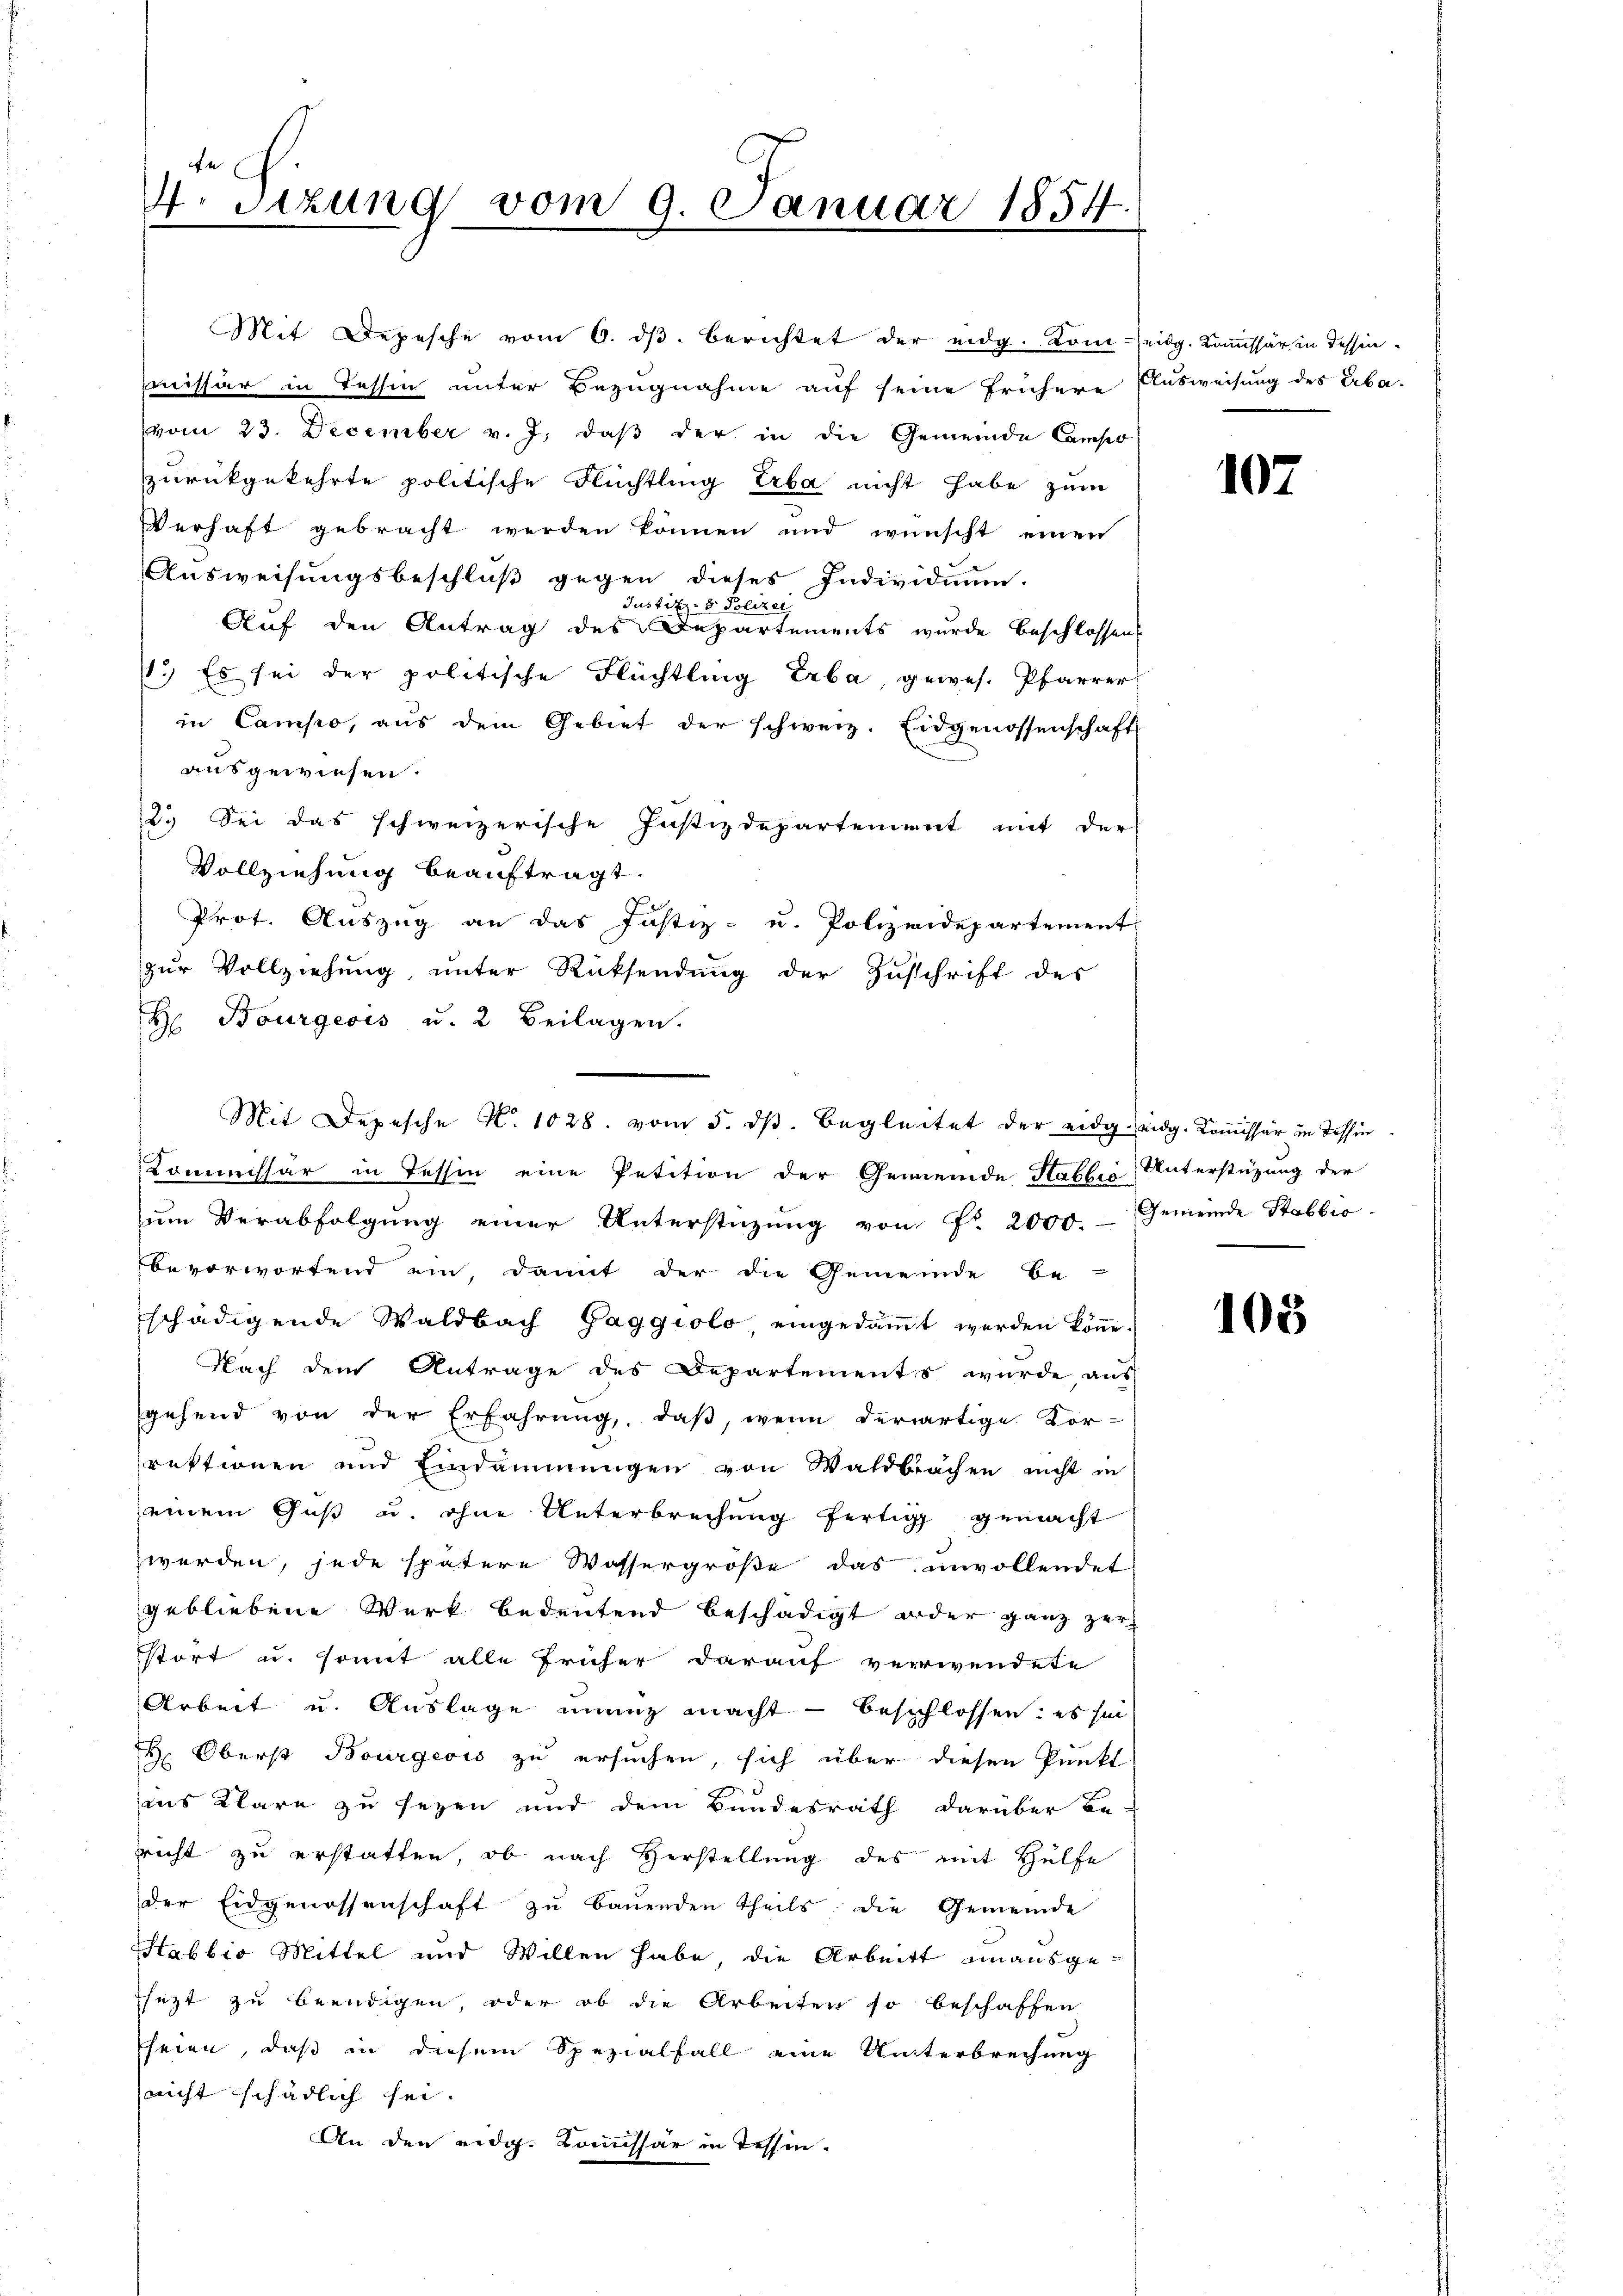
4. Sizung vom 9. Januar 1854.

Mit Depesche vom 6. dβ berichtet der eidg. Kom-eidg. Kommissär in dessenmissär in Tessin unter Bezugnahme auf seine frühere
vom 23. December v. J. daβ der in die Gemeinde Campo
zurückgekehrte politische Flüchtling Erba nicht habe zum
Verhaft gebracht werden können und wünscht einen
Ausweisungsbeschluß gegen dieses Individuum.
Justiz- & Polizei
Auf den Antrag des Departements wurde beschlossen:
1.) Es sei der politische Flüchtling Erba, gewes. Pfarrer
in Campo, aus dem Gebiet der schweiz. Eidgenossenschaft
ausgewiesen.
2.) Sei das schweizerische Justizdepartement mit der
Vollziehung beauftragt.
Prot. Auszug an das Justiz- u. Polizeidepartement
zur Vollziehung unter Rücksendung der Zuschrift des
H Bourgeois u. 2 Beilagen.
Kommissär in Tessin eine Petition der Gemeinde Habbro Unterstüzung der
ŭm Verabfolgŭng einer Unterstützŭng von Fr. 2000.- Gemeinde Stablis
bevorwortend ein, damit der die Gemeinde be-
schädigende Waldbach Gaggiolo eingedäṁt werden köṅe.
Nach dem Antrage des Departements wurde, aus
gehend von der Erfahrung, daβ, wenn derartige Vor-
rektionen und Eindammungen von Waldbachen nicht in
einem Guß u. ohne Unterbrechung fertig gemacht
werden, jede spätere Wassergröße das unvollendet
gebliebene Werk bedeutend beschädigt oder ganz zerstört u. somit alle früher darauf verwendete
Arbeit u. Auslage unenz macht - beschlossen: es sei
H. Oberst Bourgeois zu ersuchen, sich über diesen Punkt
ins Klare zu sezen und dem Bundesrath darüber be-
rricht zu erstatten, ob nach Herstellung des mit Hülfe
der Eidgenossenschaft zu bauenden Theils die Gemeinde
Stabbio Mittel und Willen habe die Arbeits unausge-
sezt zu beendigen oder ob die Arbeiten so beschaffen
heien, daß in diesem Spezialfall eine Unterbrechung
nicht schädlich sei.
An den eidg. Kommissär in Tessin.

Mit Depesche No. 1028. vom 5. dβ. Begleitet der eidg. eidg. Kommissär in Tessin

Ausweisung des Erba¬

107

108